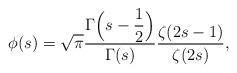
LaTeX: \begin{align*}\phi(s) = \sqrt{\pi} \frac{\Gamma\Bigl(s - \dfrac{1}{2}\Bigr)}{\Gamma(s)} \frac{\zeta(2 s - 1)}{\zeta(2 s)},\end{align*}